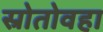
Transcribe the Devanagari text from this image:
स्रोतोवहा